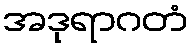
အဒုရာဂတံ